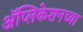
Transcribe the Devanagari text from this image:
अॅप्लिकेशनच्या